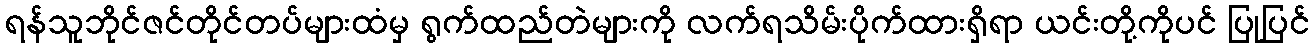
ရန်သူဘိုင်ဇင်တိုင်တပ်များထံမှ ရွက်ထည်တဲများကို လက်ရသိမ်းပိုက်ထားရှိရာ ယင်းတို့ကိုပင် ပြုပြင်